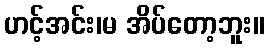
ဟင့်အင်း၊မ အိပ်တော့ဘူး။